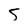
Character: S